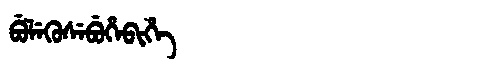
Manchu: ᠪᡠᠯᡝᡴᡠᠰᡝᠪᡠᡥᡝᠪᡳᡥᡝ
Romanization: BULEKUSEBUHEBIHE